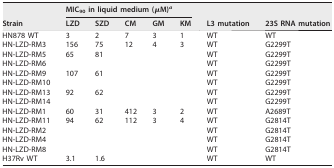
| <ROWSPAN=2> Strain | <COLSPAN=5> MIC90 in liquid medium (μM)a | <ROWSPAN=2> L3 mutation | <ROWSPAN=2> 23S RNA mutation |
 | LZD | SZD | CM | GM | KM |
 | --- | --- | --- | --- | --- | --- | --- | --- |
 | HN878 WT | 3 | 2 | 7 | 3 | 1 | WT | WT |
 | HN-LZD-RM3 | 156 | 75 | 12 | 4 | 3 | WT | G2299T |
 | HN-LZD-RM5 | 65 | 81 |  |  |  | WT | G2299T |
 | HN-LZD-RM6 |  |  |  |  |  | WT | G2299T |
 | HN-LZD-RM9 | 107 | 61 |  |  |  | WT | G2299T |
 | HN-LZD-RM10 |  |  |  |  |  | WT | G2299T |
 | HN-LZD-RM13 | 92 | 62 |  |  |  | WT | G2299T |
 | HN-LZD-RM14 |  |  |  |  |  | WT | G2299T |
 | HN-LZD-RM1 | 60 | 31 | 412 | 3 | 2 | WT | A2689T |
 | HN-LZD-RM11 | 94 | 62 | 112 | 3 | 4 | WT | G2814T |
 | HN-LZD-RM2 |  |  |  |  |  | WT | G2814T |
 | HN-LZD-RM4 |  |  |  |  |  | WT | G2814T |
 | HN-LZD-RM8 |  |  |  |  |  | WT | G2814T |
 | H37Rv WT | 3.1 | 1.6 |  |  |  | WT | WT |